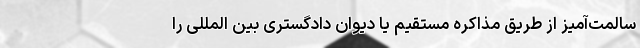
سالمت‌آمیز از طریق مذاکره مستقیم یا دیوان دادگستری بین المللی را